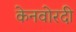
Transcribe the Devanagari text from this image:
केनवोरदी